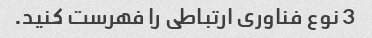
3 نوع فناوری ارتباطی را فهرست کنید.